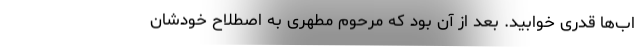
اب‌‌ها قدری خوابید. بعد از آن بود که مرحوم مطهری به اصطلاح خودشان